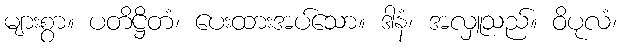
များစွာ။ ပတိဋ္ဌိတံ၊ ပေးထားအပ်သော။ ဒါနံ၊ အလှူသည်။ ဝိပုလံ၊